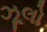
ઝૂલો